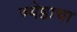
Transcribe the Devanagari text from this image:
ज्येष्ठाचा